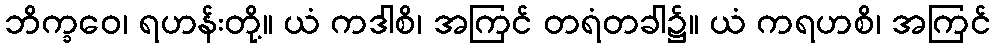
ဘိက္ခဝေ၊ ရဟန်းတို့။ ယံ ကဒါစိ၊ အကြင် တရံတခါ၌။ ယံ ကရဟစိ၊ အကြင်